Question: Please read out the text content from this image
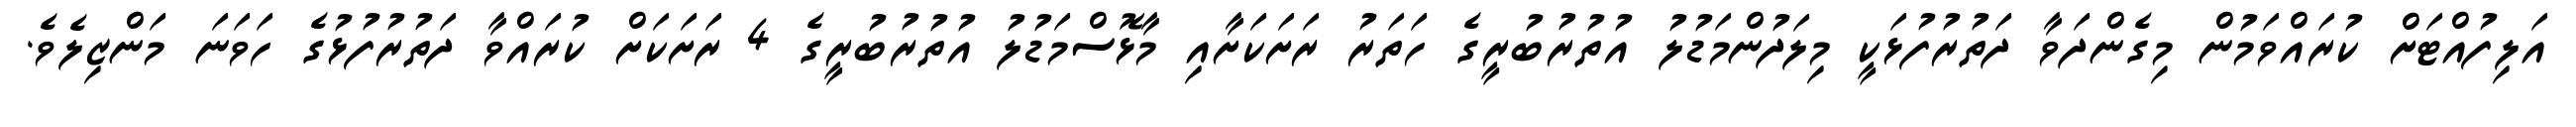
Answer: އަލިފުއްޓަށް ކުރައްވަމުން މިގެންދަވާ ދަތުރުފުޅަކީ މިލަދުންމަޑުލު އުތުރުބުރީގެ ހަތަރު ރަށަކަށާއި މާޅޮސްމަޑުލު އުތުރުބުރީގެ 4 ރަށަކަށް ކުރައްވާ ދަތުރުފުޅުގެ ހަވަނަ މަންޒިލެވެ.